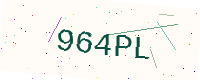
Text: 964PL